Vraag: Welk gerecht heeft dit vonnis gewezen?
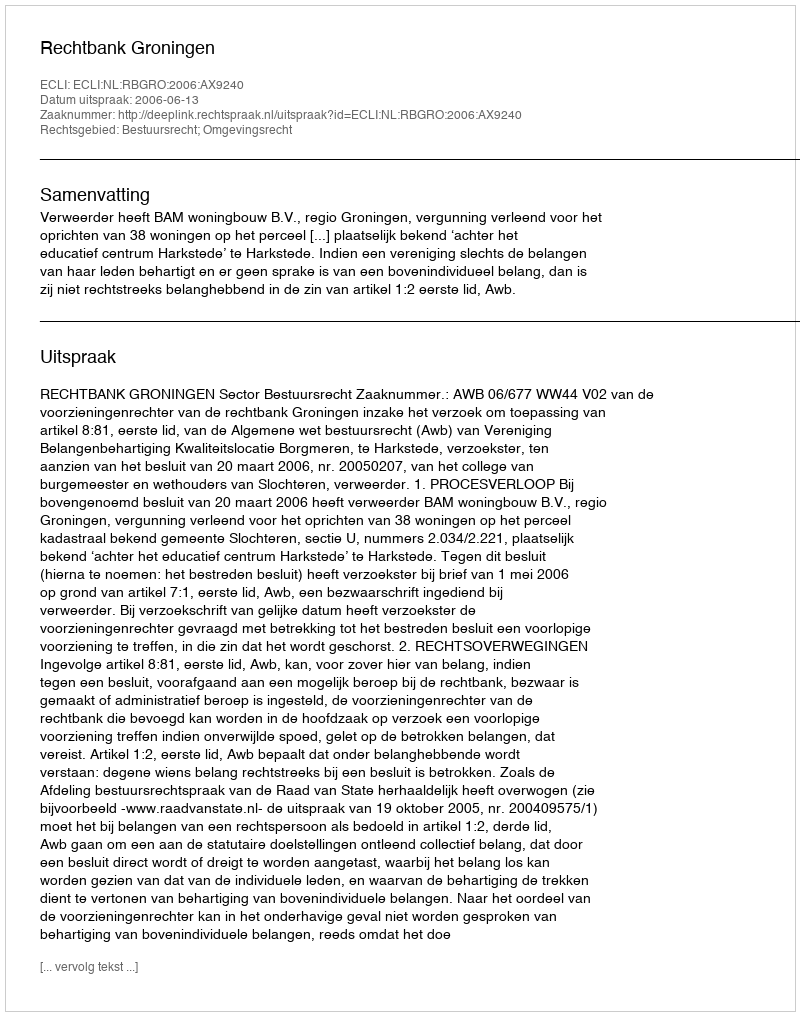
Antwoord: Rechtbank Groningen